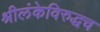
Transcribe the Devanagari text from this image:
श्रीलंकेविरुद्धच